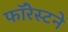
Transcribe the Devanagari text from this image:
फॉरेस्टने